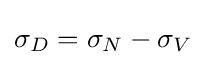
\sigma _{D}=\sigma _{N}-\sigma _{V}